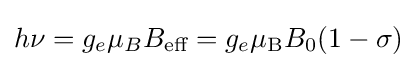
h\nu =g_{e}\mu _{B}B_{\text{eff}}=g_{e}\mu _{\text{B}}B_{0}(1-\sigma )